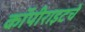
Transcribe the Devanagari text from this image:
कॉपीराइटचे